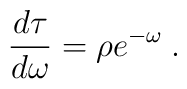
\frac{d\tau}{d\omega} = \rho e^{-\omega} \>.